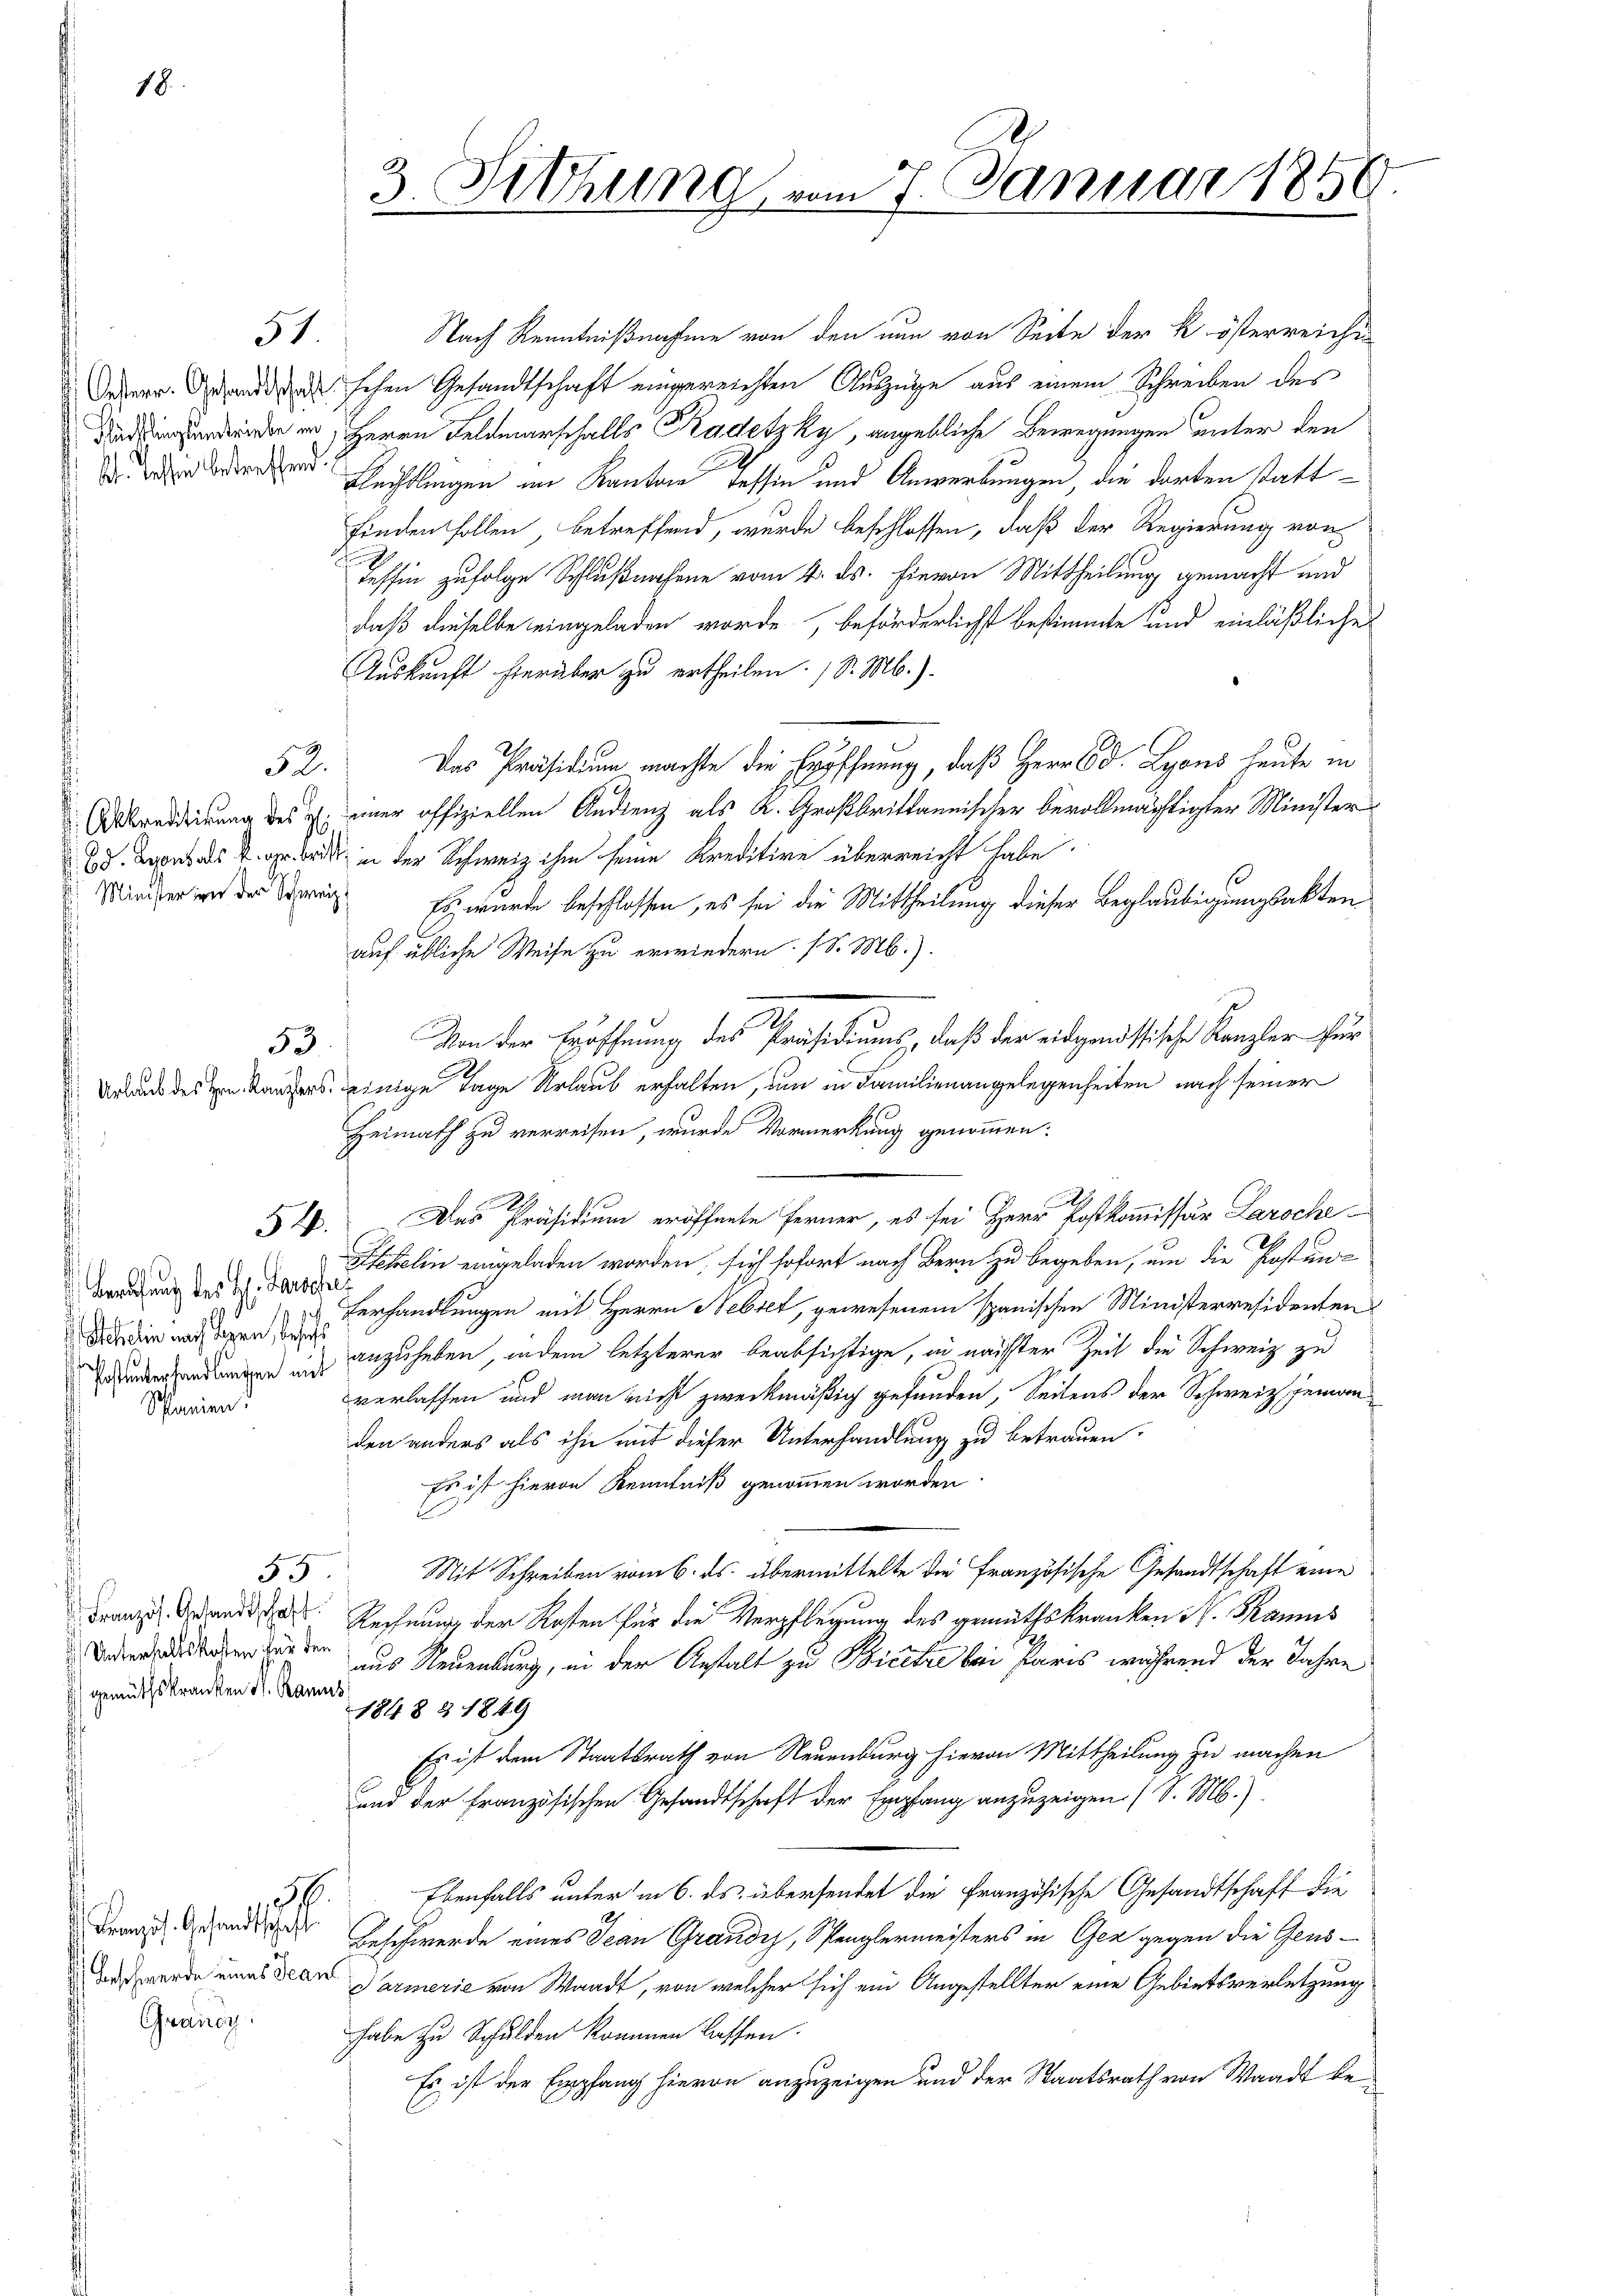
18

t. Tessin betreffend.

Minister in der Schweiz

51.

52.

53

Berufung des H. Barschrei
Schelin nach legen, besit
Schanien.

) gemüthskranken 11. Ramus

35

Französ. Gesandtschaft
Beschwerde eines Jeant
Grandi

3. Fettung vom 7. Januar 1850.

Nach Kenntnißnahme von den nun von Seite der k. österreichen
Sedern. Gesandtschen Gesandtschaft eingereichten Auszüge aus einem Schreiben des
rhard in Herrn Feldmarschalls Kadetzky, angebliche Bewegungen unter den
Flechtlingen im Kanton Tessin und Anwerbungen, die dorten stattfinden sollen, betreffend, wurde beschlossen, daß der Regierung von
Tessin zufolge Schlußnahme vom 4. ds. hievon Mittheilung gemacht und
daß dieselbe eingeladen worde, beförderlichst bestimmte und einläßliche
Auskunft hierüber zu ertheilen. (S. Mb.).
Das Präsidium machte die Eröffnung, daß Herr d. Lyons heute in
Obraddirung des gl. einer offiziellen Andrenz als K. Großbrittannischer bevollmächtigter Minister
d. Donats v. o. ist in der Schweiz ihm seine Kreditire überreicht habe.
Es wurde beschlossen, es sei die Mittheilung dieser Beglaubigungsakten
auf übliche Weise zu erwiedern. (S. M.).
Von der Eröffnung des Präsidiums, daß der eidgenössische Kanzler für
raus des Käufers einige Tage Urlaub erhalten, um in Familienangelegenheiten nach seiner
Heimath zu verreisen, wurde Vormerkung genommen:
54. Das Präsidium eröffnete Ferner, es sei Herr Postkommissär Laroche
Sekelin eingeladen worden, sich sofort nach Bern zu begeben, um die Kosten-
Verhandlungen mit Herrn Nebiet, gewesenem spanischen Ministerresidenten
den in anzuheben, indem letzterer beabsichtige, in nächster Zeit die Schweiz zu
verlassen und man nicht zweckmäßig gefunden, Seitens der Schweiz, jemanden anders als ihn mit dieser Unterhandlung zu betrauen.
Es ist hievon Kenntniß genommen worden
Mit Schreiben vom 6. ds. übermittelte die Französische Gesandtschaft eine
Franz an das Rechnung der Kosten für die Verpflegung des gemütskranken S. Samus
aeger den aus Neuenburg, in der Anstalt zu Bicetić bei Paris während der Jahre
1848 & 1849
Es ist dem Staatsrath von Neuenburg hievon Mittheilung zu machen
und der französischen Gesandtschaft der Empfang anzuzeigen (S. M.)
Ebenfalls unter in 6. ds. übersendet die Französische Gesandtschaft die
.
Beschwerde eines Jean Grandis, Spenglermeisters in Ger gegen die Gens¬
Parmerie von Waadt, von welcher sich ein Angestellter eine Gebietsverletzung
habe zu Schulden kommen lassen.
Es ist der Empfang hievon anzuzeigen und der Staatsrath von Waadt be¬